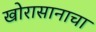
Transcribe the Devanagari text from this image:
खोरासानाचा